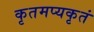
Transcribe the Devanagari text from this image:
कृतमप्यकृतं